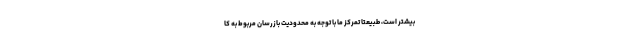
بیشتر است، طبیعتا تمرکز ما با توجه به محدودیت بازرسان مربوط به کا